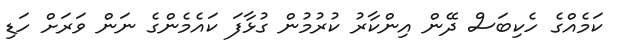
ކަމެެއްގެ ހެކިބަސް ދޭން އިންކާރު ކުރުމުން ގުޅާފަ ކައެމެންގެ ނަން ވަރަށް ހަޑި